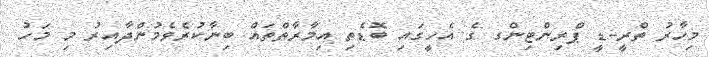
މިހާރު ތްރީ-ޑީ ޕްރިންޓިންގ ގެ އެހީގައި ބޮޑެތި އިމާރާތްތައް ބިނާކުރެވެމުންދާއިރު މި މަހު